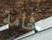
فخامة